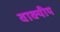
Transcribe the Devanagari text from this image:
वाक्यीय